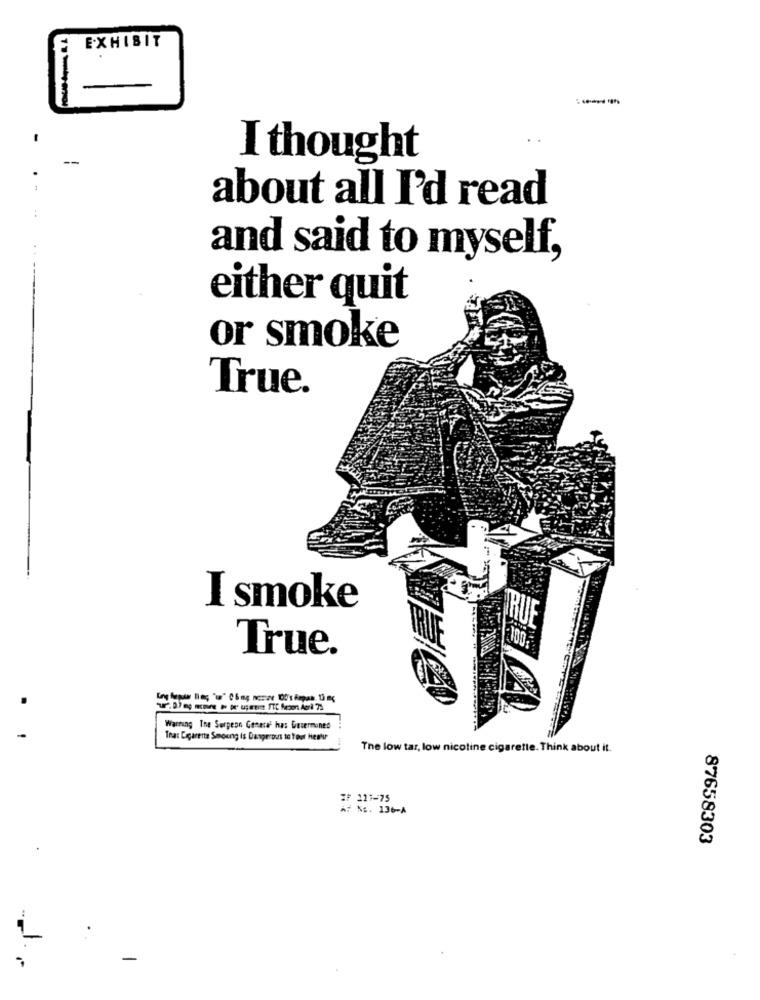
EXHIBIT
I thought
about all I'd read
and said to myself,
either quit
or smoke
True.
I smoke
TRUE
True.
Warring The Surgeon General has Desermoned
Tras Cigarette Smoung is Dangerous to Your Heels
The low tar, low nicotine cigarette. Think about it.
IF 221-75
AF NE. 136-A
87658303